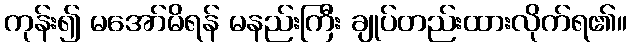
ကုန်း၍ မအော်မိရန် မနည်းကြီး ချုပ်တည်းထားလိုက်ရ၏။